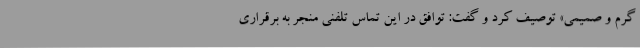
گرم و صمیمی» توصیف کرد و گفت: توافق در این تماس تلفنی منجر به برقراری